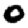
Digit: 0